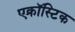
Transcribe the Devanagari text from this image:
एक्रॉस्टिक